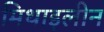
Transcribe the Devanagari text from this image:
मिथाइलीन